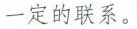
一定的联系。